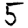
Digit: 5